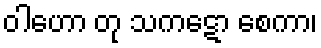
ဝါဟော တု သကဋော စေကာ၊